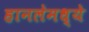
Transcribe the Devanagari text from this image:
हानलेमध्ये